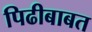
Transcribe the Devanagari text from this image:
पिढीबाबत